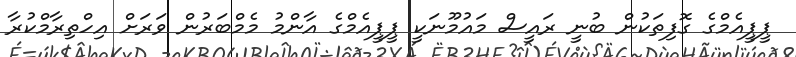
ޕީޕީއެމްގެ ގޮފިތަކުން ބުނީ ރައީސް މައުމޫނަކީ ޕީޕީއެމްގެ އާންމު މެމްބަރުން ވަރަށް އިހްތިރާމްކުރާ